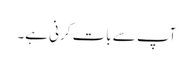
آپ سے بات کرنی ہے۔